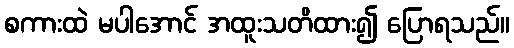
စကားထဲ မပါအောင် အထူးသတိထား၍ ပြောရသည်။